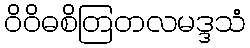
ဝိဝိဓစိတြတလမဒ္ဒသံ